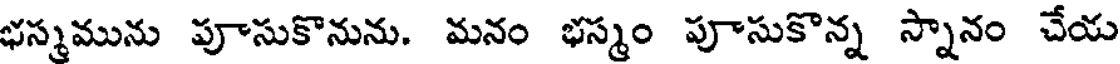
భస్మమును పూసుకొనును. మనం భస్మం పూసుకొన్న స్నానం చేయ